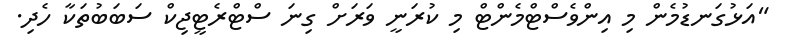
"އަޅުުގަނޑުމެން މި އިންވެސްޓްމެންޓް މި ކުރަނީ ވަރަށް ގިނަ ސްޓްރެޓީޖިކް ސަބަބުތަކާ ހެދި.